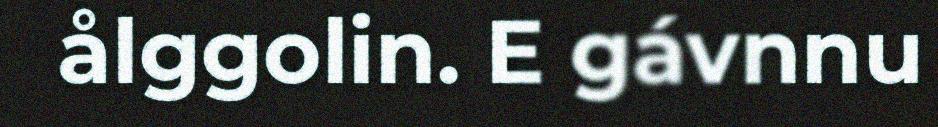
ålggolin. E gávnnu